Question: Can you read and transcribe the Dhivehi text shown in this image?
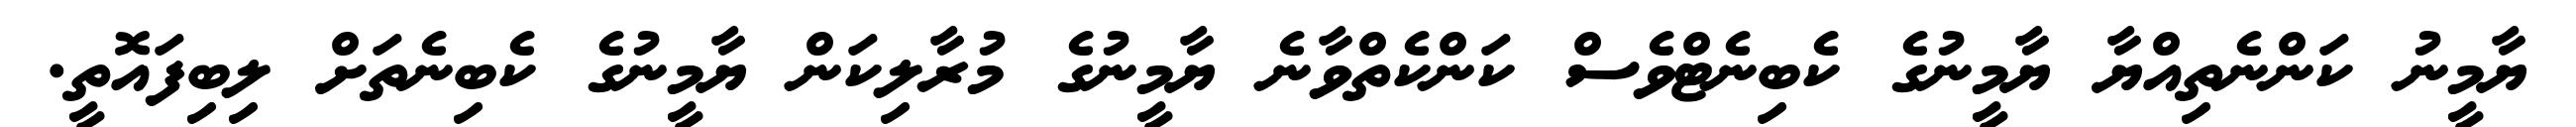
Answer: ޔާމީނު ކަންނެތިއްޔާ ޔާމީނުގެ ކެބިނެޓްވެސް ކަންކެތްވާނެ ޔާމީނުގެ މުރާލިކަން ޔާމީނުގެ ކެބިނެތަށް ލިބިފައޮތީ.